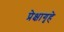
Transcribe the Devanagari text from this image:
प्रेक्षागृहे